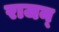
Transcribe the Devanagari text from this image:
राजन्‌